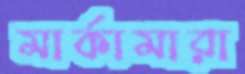
মার্কামারা